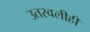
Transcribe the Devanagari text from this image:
उतरवलीही